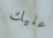
عليك